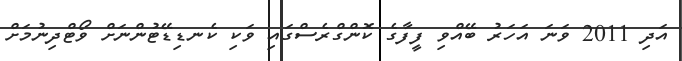
އަދި 2011 ވަނަ އަހަރު ބޭއްވި ފީފާގެ ކޮންގްރެސްގައި ވަކި ކެނޑިޑޭޓުންނަށް ވޯޓްދިނުމަށް